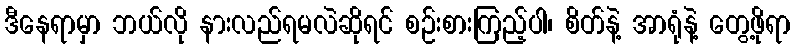
ဒီနေရာမှာ ဘယ်လို နားလည်ရမလဲဆိုရင် စဉ်းစားကြည့်ပါ၊ စိတ်နဲ့ အာရုံနဲ့ တွေ့ဖိုရာ